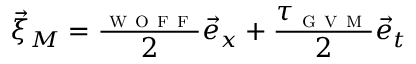
\vec { \xi } _ { M } = \frac { \l _ { \textsc { w o f f } } } { 2 } \vec { e } _ { x } + \frac { \tau _ { \textsc { g v m } } } { 2 } \vec { e } _ { t }